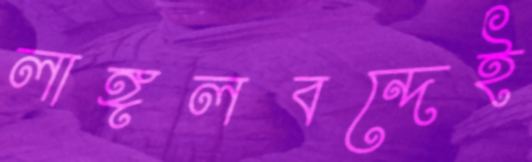
লাঙ্গলবন্দেই